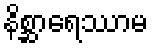
နိစ္ဆာရေဿာမ